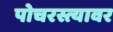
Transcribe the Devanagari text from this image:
पोचरस्त्यावर